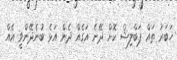
ޚަބަރު ތައް ޕަބްލިޝް ކޮށް ދޭނެ އަގެއް ދެން އަޅެ ބުނެދޭންވީ އެއް